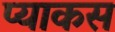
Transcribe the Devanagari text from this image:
प्याकस